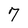
Character: 7